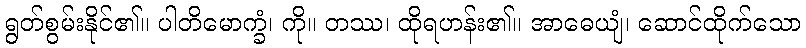
ရွတ်စွမ်းနိုင်၏။ ပါတိမောက္ခံ၊ ကို။ တဿ၊ ထိုရဟန်း၏။ အာဓေယျံ၊ ဆောင်ထိုက်သော